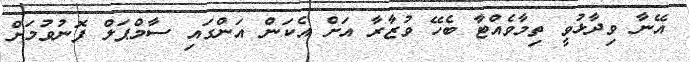
އޭނާ ވިދާޅުވީ ތިމާވެއްޓާ ބެހޭ ވުޒާރާ އަށް އެކަން އަންގައި ސާމްޕަލް ފޮނުވުމަށް